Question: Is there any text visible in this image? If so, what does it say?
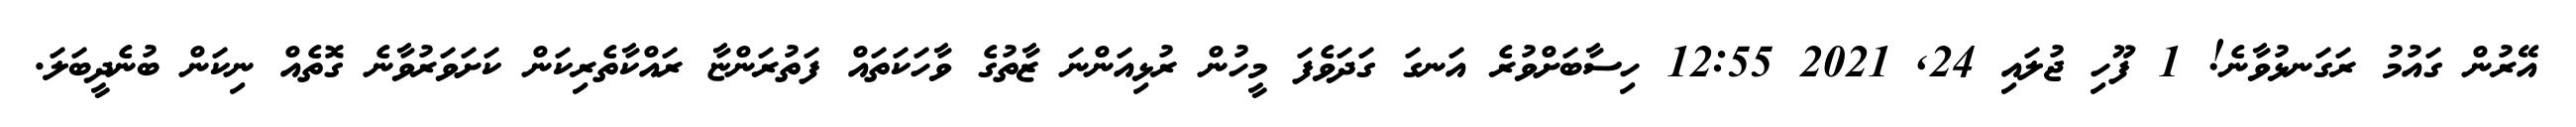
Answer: އޭރުން ގައުމު ރަގަނޅުވާނެ! 1 ފޫހި ޖުލައި 24, 2021 12:55 ހިސާބަށްވުރެ އަނގަ ގަދަވެފަ މީހުން ރުޅިއަންނަ ޒާތުގެ ވާހަކަތައް ފަތުރަންޏާ ރައްކާތެރިކަން ކަށަވަރުވާނެ ގޮތެއް ނިކަން ބުނެދީބަލަ.